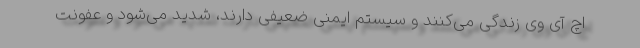
اچ آی وی زندگی می‌کنند و سیستم ایمنی ضعیفی دارند، شدید می‌شود و عفونت